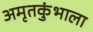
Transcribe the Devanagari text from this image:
अमृतकुंभाला